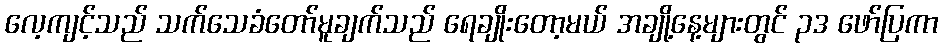
လေ့ကျင့်သည် သက်သေခံတော်မူချက်သည် ရေချိုးတော့မယ် အချို့နေ့များတွင် ၃ဒ ဖော်ပြကာ